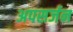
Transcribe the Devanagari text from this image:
अपसर्जन